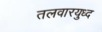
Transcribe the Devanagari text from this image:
तलवारयुध्द